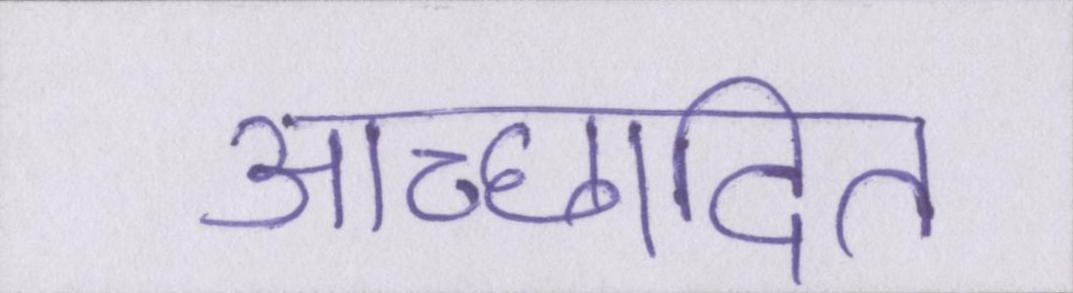
आच्छादित